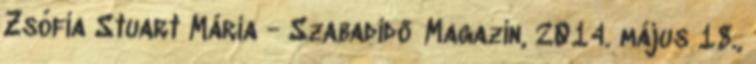
Zsófia Stuart Mária - Szabadidő Magazin, 2014. május 18.,